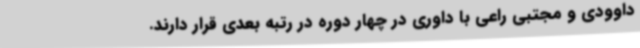
داوودی و مجتبی راعی با داوری در چهار دوره در رتبه بعدی قرار دارند.